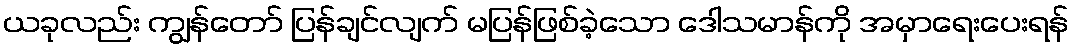
ယခုလည်း ကျွန်တော် ပြန်ချင်လျက် မပြန်ဖြစ်ခဲ့သော ဒေါသမာန်ကို အမှာရေးပေးရန်